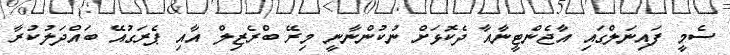
ސެމީ ފައިނަލްގައި އާޖެންޓީނާއާ ދެކޮޅަށް ނުުކުންނާނީ މިރޭ ބްރެޒިލް އާއި ޕެރަގުއޭ ބައްދަލުކުރާ